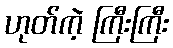
ဟုတ်ကဲ့ ကြီးကြီး